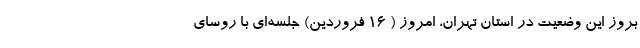
بروز این وضعیت در استان تهران، امروز ( ۱۶ فروردین) جلسه‌ای با روسای